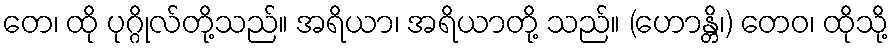
တေ၊ ထို ပုဂ္ဂိုလ်တို့သည်။ အရိယာ၊ အရိယာတို့ သည်။ (ဟောန္တိ၊) တေဝ၊ ထိုသို့